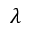
\boldsymbol { \lambda }